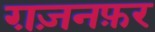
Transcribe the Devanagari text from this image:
ग़ज़नफ़र